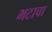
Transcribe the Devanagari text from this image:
भटाचा